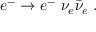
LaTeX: e ^ { - } \to e ^ { - } \; \nu _ { e } \bar { \nu } _ { e } \; .